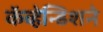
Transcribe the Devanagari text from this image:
कॅव्हेन्डिशने